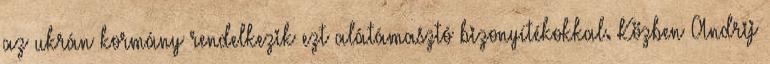
az ukrán kormány rendelkezik ezt alátámasztó bizonyítékokkal. Közben Andrij